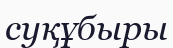
суқұбыры